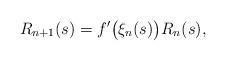
LaTeX: \begin{align*} R_{n+1}(s)=f'\bigl({\xi_n(s)}\bigr)R_n(s),\end{align*}